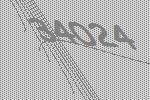
34024